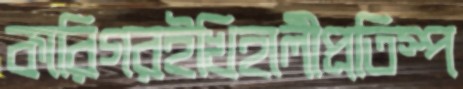
কারিগরইখিহালীপ্রতিস্প